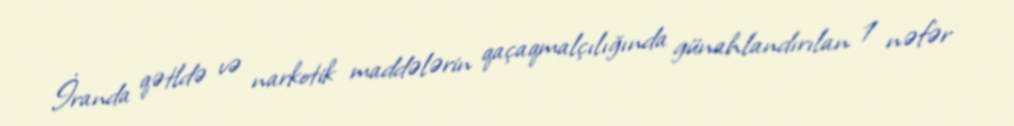
İranda qətldə və narkotik maddələrin qaçaqmalçılığında günahlandırılan 1 nəfər